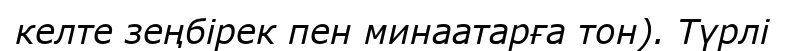
келте зеңбірек пен минаатарға тон). Түрлі